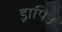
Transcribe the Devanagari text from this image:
ड्रापिउ